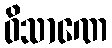
ဝိသာဏေ